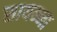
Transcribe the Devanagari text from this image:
सायन्ना